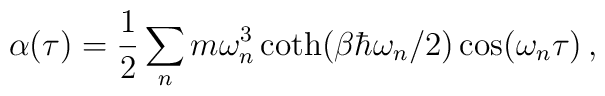
\alpha(\tau) = \frac{1}{2}\sum_{n}m\omega_{n}^{3}\coth (\beta\hbar\omega_{n}/2)\cos(\omega_{n}\tau) \, ,